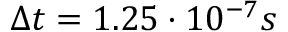
\Delta t = 1 . 2 5 \cdot 1 0 ^ { - 7 } s